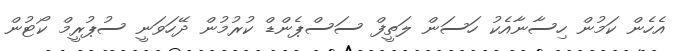
އެހެން ކަމުން ހިސާނާއެކު ހަސަން ލަތީފް ސަސްޕެންޑް ކުރުމުން ދޭހަވަނީ ސުޕުރީމް ކޯޓުން